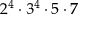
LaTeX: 2 ^ { 4 } \cdot 3 ^ { 4 } \cdot 5 \cdot 7